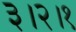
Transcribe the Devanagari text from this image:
३।२।१